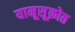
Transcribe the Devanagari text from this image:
यामूसूक्रोत